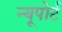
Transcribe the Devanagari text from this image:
न्‍यूपोर्ट